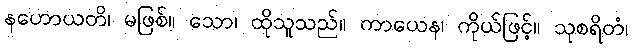
နဟောယတိ၊ မဖြစ်။ သော၊ ထိုသူသည်။ ကာယေန၊ ကိုယ်ဖြင့်။ သုစရိတံ၊